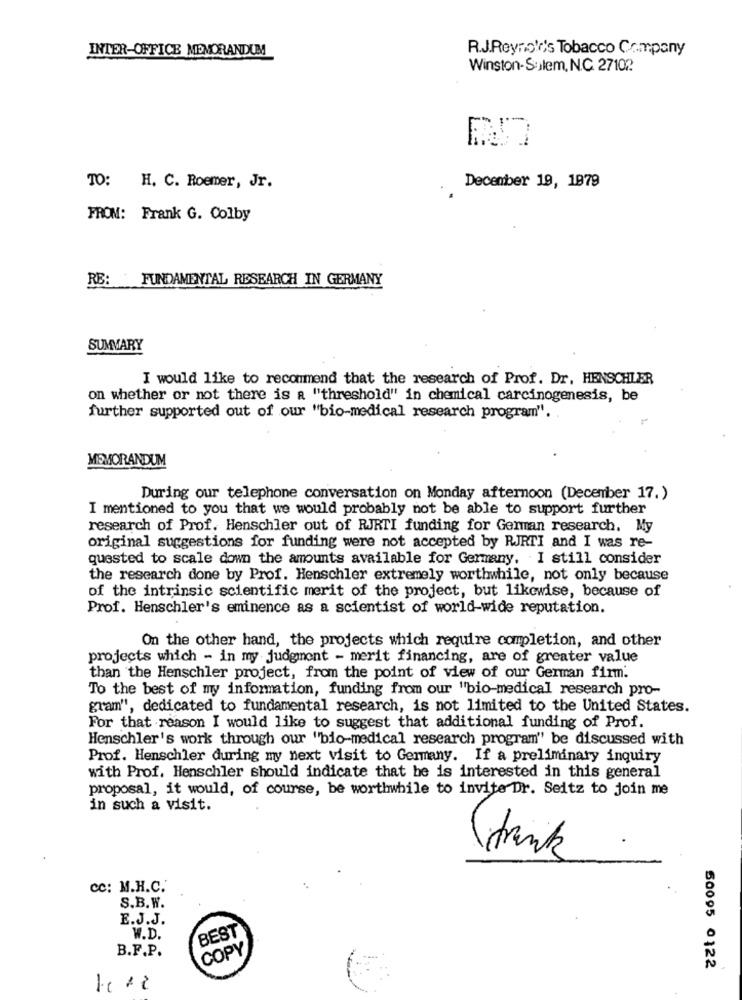
INTER-OFFICE MEMORANDUM
R.J.Reynolds Tobacco Company
Winston-Sulem, N.C. 27102
TO: H. C. Roemer, Jr.
December 19, 1979
FROM: Frank G. Colby
RE: FUNDAMENTAL RESEARCH IN GERMANY
SUMMARY
I would like to recommend that the research of Prof. Dr. HENSCHLER
on whether or not there is a "threshold" in chemical carcinogenesis, be
further supported out of our "bio-medical research program".
MEMORANDUM
During our telephone conversation on Monday afternoon (December 17.)
I mentioned to you that we would probably not be able to support further
research of Prof. Henschler out of RJRTI funding for German research. My
original suggestions for funding were not accepted by RJRTI and I was re-
quested to scale down the amounts available for Germany. I still consider
the research done by Prof. Henschler extremely worthwhile, not only because
of the intrinsic scientific merit of the project, but likewise, because of
Prof. Henschler's eminence as a scientist of world-wide reputation.
On the other hand, the projects which require completion, and other
projects which - in my judgment - merit financing, are of greater value
than the Henschler project, from the point of view of our German firm.
To the best of my information, funding from our "bio-medical research pro-
gram", dedicated to fundamental research, is not limited to the United States.
For that reason I would like to suggest that additional funding of Prof.
Henschler's work through our "bio-medical research program" be discussed with
Prof. Henschler during my next visit to Germany. If a preliminary inquiry
with Prof. Henschler should indicate that he is interested in this general
proposal, it would, of course, be worthwhile to invite Dr. Seitz to join me
in such a visit.
frank
cc: M.H.C.
S.B.W.
E.J.J.
BEST
W.D.
B.F.P.
COPY
50095 0122
-